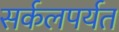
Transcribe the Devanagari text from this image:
सर्कलपर्यत